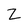
Character: Z